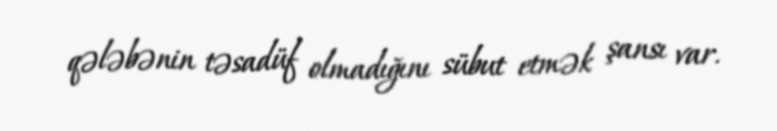
qələbənin təsadüf olmadığını sübut etmək şansı var.